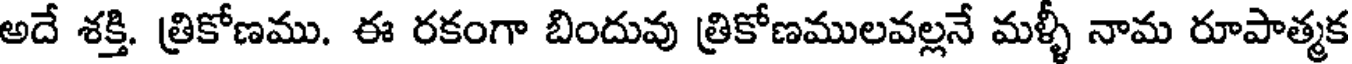
అదే శక్తి. త్రికోణము. ఈ రకంగా బిందువు త్రికోణములవల్లనే మళ్ళీ నామ రూపాత్మక